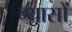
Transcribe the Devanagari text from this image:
न्‍यासों